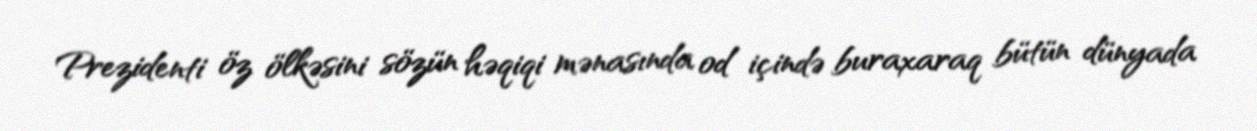
Prezidenti öz ölkəsini sözün həqiqi mənasında od içində buraxaraq bütün dünyada